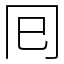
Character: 囘